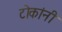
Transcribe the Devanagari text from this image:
टोकांनी